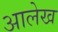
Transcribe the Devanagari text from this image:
अालेख